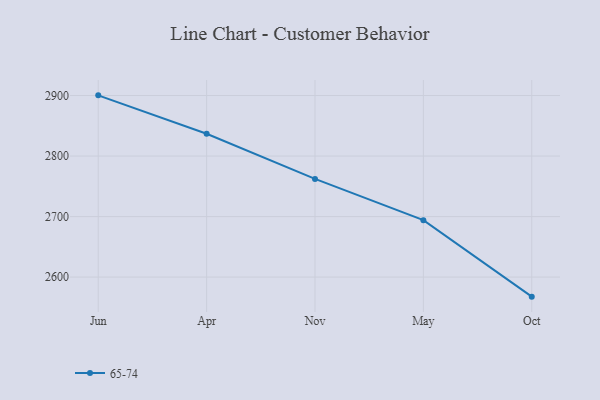
{"axis": {"x": "Month", "y": "LTV (USD)"}, "legend": ["65-74"], "data": [{"x": "Jun", "y": 2900.3, "type": "65-74"}, {"x": "Apr", "y": 2836.8, "type": "65-74"}, {"x": "Nov", "y": 2762.2, "type": "65-74"}, {"x": "May", "y": 2694.1, "type": "65-74"}, {"x": "Oct", "y": 2567.7, "type": "65-74"}]}